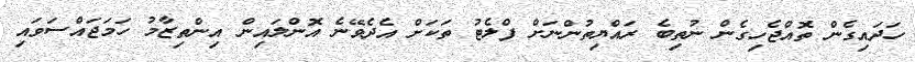
ހަދައިގެން ތޮއްޖެހިގެން ނުތިބެ ރައްޔިތުންނަށް ފްލެޓު ތަކަށް އެދެވޭނެ އޮންލައިން އިންތިޒާމު ހަމަޖައްސަވައި